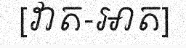
[វាត-អាត]